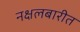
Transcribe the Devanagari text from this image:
नक्षलबारीत